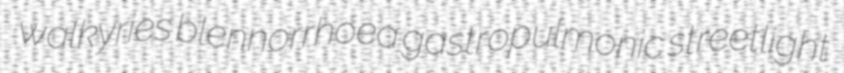
walkyries blennorrhoea gastropulmonic streetlight